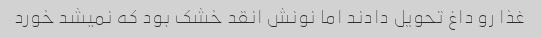
غذا رو داغ تحویل دادند اما نونش انقد خشک بود که نمیشد خورد